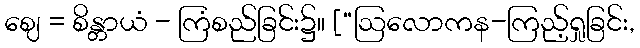
ဈေ = စိန္တာယံ - ကြံစည်ခြင်း၌။ [“ဩလောကန-ကြည့်ရှုခြင်း,